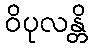
ဝိပုလန္တိ